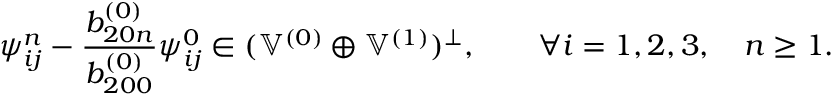
\psi _ { i j } ^ { n } - \frac { b _ { 2 0 n } ^ { ( 0 ) } } { b _ { 2 0 0 } ^ { ( 0 ) } } \psi _ { i j } ^ { 0 } \in ( \mathbb { V } ^ { ( 0 ) } \oplus \mathbb { V } ^ { ( 1 ) } ) ^ { \perp } , \qquad \forall i = 1 , 2 , 3 , \quad n \geq 1 .